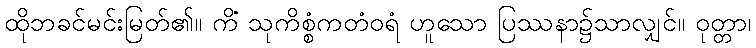
ထိုဘခင်မင်းမြတ်၏။ ကိံ သုကိစ္စံကတံဝရံ ဟူသော ပြဿနာ၌သာလျှင်။ ဝုတ္တာ၊